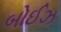
બોઈઝ